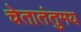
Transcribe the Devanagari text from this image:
चेतातंतुमय